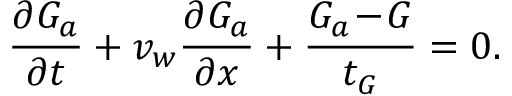
\frac { \partial G _ { a } } { \partial t } + v _ { w } \frac { \partial G _ { a } } { \partial x } + \frac { G _ { a } \! - \! G } { t _ { G } } = 0 .